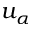
u _ { \alpha }